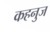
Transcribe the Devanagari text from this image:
कहनुज